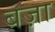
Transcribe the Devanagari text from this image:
बज़ा